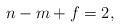
LaTeX: \begin{align*}n - m + f = 2,\end{align*}